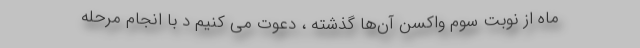
ماه از نوبت سوم واکسن آن‌ها گذشته ، دعوت می کنیم د با انجام مرحله